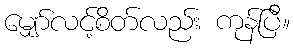
မျှော်လင့်စိတ်လည်း ကုန်ပြီ။